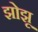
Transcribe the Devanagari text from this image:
झोझू